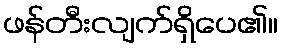
ဖန်တီးလျက်ရှိပေ၏။